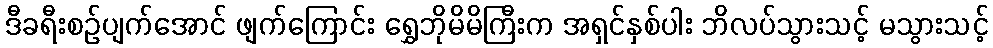
ဒီခရီးစဉ်ပျက်အောင် ဖျက်ကြောင်း ရွှေဘိုမိမိကြီးက အရှင်နှစ်ပါး ဘိလပ်သွားသင့် မသွားသင့်